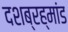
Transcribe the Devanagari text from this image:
दशब्रह्मांड